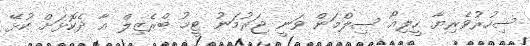
ސިހުރުވެރިޔާ ހީލިއޯ ސިލްމަން ވަނީ ޖަރުމަނު ޓީމު ބްރެޒިލް އާ ދެކޮޅަށް ކުޅޭ